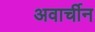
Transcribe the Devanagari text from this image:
अवार्चीन